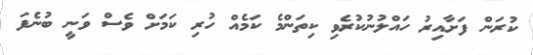
ކުރަން ފަށާއިރު ހައްލުނުކުރެވި ކިތަންމެ ކަމެއް ހުރި ކަމަށް ވެސް ވަނީ ބުނެފަ